Source: Handwritten
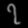
Digit: ၇ (7)